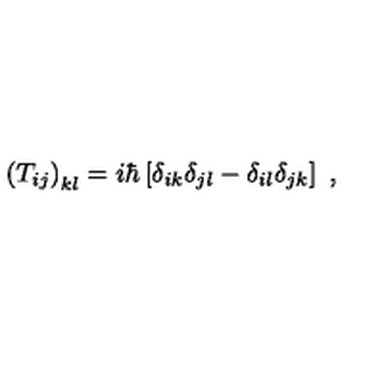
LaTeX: \left( T _ { i j } \right) _ { k l } = i \hbar \left[ \delta _ { i k } \delta _ { j l } - \delta _ { i l } \delta _ { j k } \right] \ ,